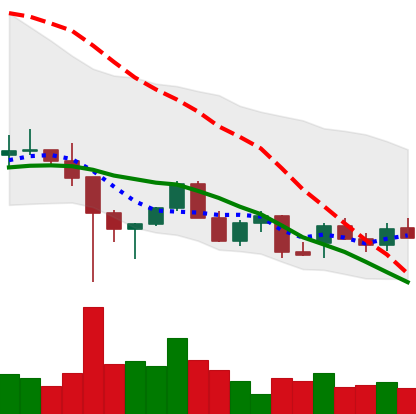
Ticker: LINK-USD
Chart end date: 2021-12-19
Forward return: 13.9%
Label: up_7plus